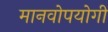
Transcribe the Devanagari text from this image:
मानवोपयोगी